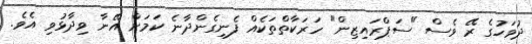
ދުވަހުގެ ރޭ ވެސް "ސަޕްރައިޒިން" ހަރަކާތްތަކެއް ފެނިގެންދާނެ ކަމަަށް އޭނާ ވިދާޅުވި އެވެ.